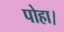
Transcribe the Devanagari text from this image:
पोहा।